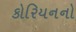
કોરિયનનો